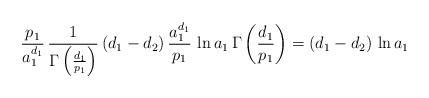
LaTeX: \begin{align*}\frac{p_1}{a_1^{d_1}} \, \frac{1}{\Gamma \left(\frac{d_1}{p_1}\right)} \, (d_1 - d_2) \, \frac{a_1^{d_1}}{p_1} \, \ln a_1 \, \Gamma \left(\frac{d_1}{p_1}\right)= (d_1 - d_2) \, \ln a_1\end{align*}